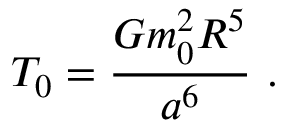
{ \cal T } _ { 0 } = \frac { { \cal G } m _ { 0 } ^ { 2 } R ^ { 5 } } { a ^ { 6 } } \ .